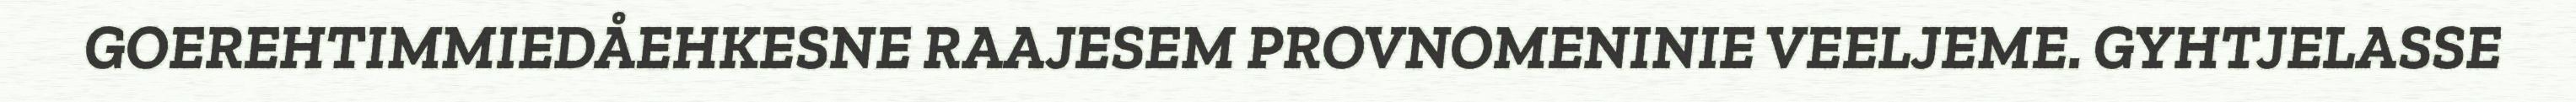
GOEREHTIMMIEDÅEHKESNE RAAJESEM PROVNOMENINIE VEELJEME. GYHTJELASSE